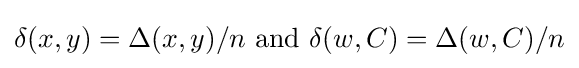
\delta (x,y)=\Delta (x,y)/n{\text{ and }}\delta (w,C)=\Delta (w,C)/n